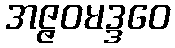
အဇ္ဇဝမဒ္ဒဝေ